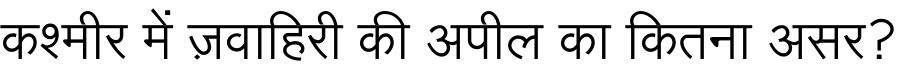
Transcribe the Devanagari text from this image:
कश्मीर में ज़वाहिरी की अपील का कितना असर?